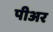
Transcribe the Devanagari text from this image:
पीअर